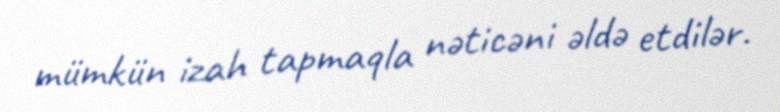
mümkün izah tapmaqla nəticəni əldə etdilər.